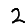
Digit: 2